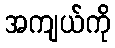
အကျယ်ကို